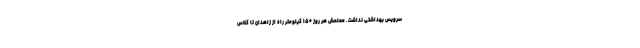
سرویس بهداشتی نداشت. معلمش هر روز ۱۵۰ کیلومتر راه از زاهدان تا کلاس